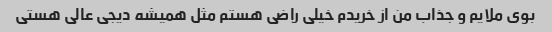
بوی ملایم و جذاب من از خریدم خیلی راضی هستم مثل همیشه دیجی عالی هستی